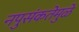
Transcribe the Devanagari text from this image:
नपुसंकतेमुळे